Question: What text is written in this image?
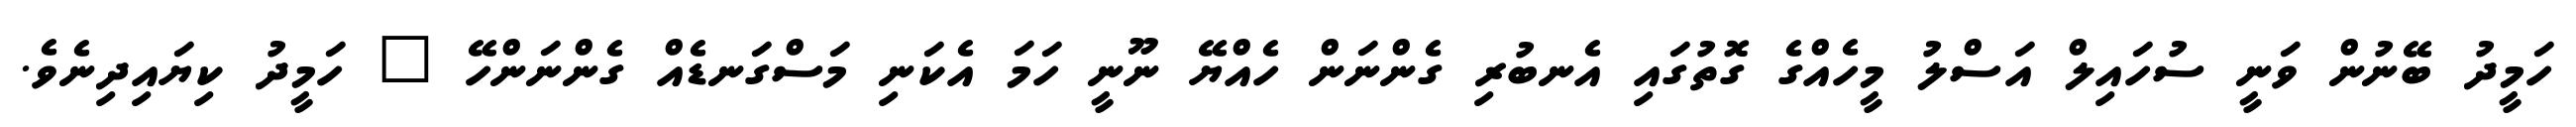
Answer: ހަމީދު ބޭނުން ވަނީ ސުހައިލް އަސްލު މީހެއްގެ ގޮތުގައި އެނބުރި ގެންނަން ހެއްޔޭ ނޫނީ ހަމަ އެކަނި މަސްގަނޑެއް ގެންނަންހޭ " ހަމީދު ކިޔައިދިނެވެ.